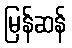
မြန်ဆန်